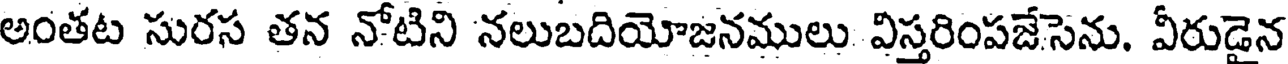
అంతట సురస తన నోటిని నలుబదియోజనములు విస్తరింపజేసెను. వీరుడైన